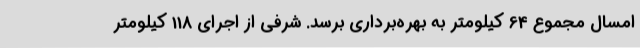
امسال مجموع 64 کیلومتر به بهره‌برداری برسد. شرفی از اجرای 118 کیلومتر